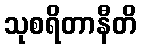
သုစရိတာနီတိ